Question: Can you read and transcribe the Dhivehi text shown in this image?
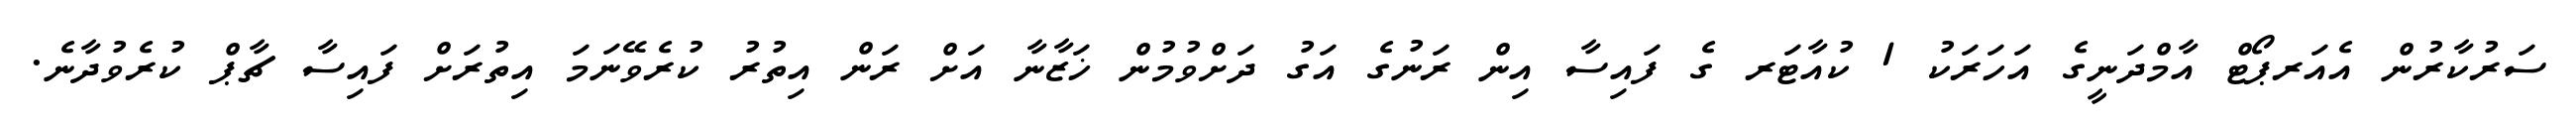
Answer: ސަރުކާރުން އެއަރޕޯޓް އާމްދަނީގެ އަހަރަކު 1 ކުއާޓަރ ގެ ފައިސާ އިން ރަނުގެ އަގު ދަށްވުމުން ޚަޒާނާ އަށް ރަން އިތުރު ކުރެވޭނަމަ އިތުރަށް ފައިސާ ޗާޕް ކުރެވުދާނެ.